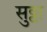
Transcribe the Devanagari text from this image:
सुट्टा